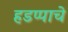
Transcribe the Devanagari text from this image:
हडप्पाचे